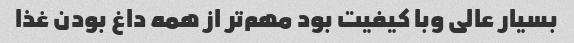
بسیار عالی وبا کیفیت بود مهم‌تر از همه داغ بودن غذا